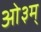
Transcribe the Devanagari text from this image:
आे३म्